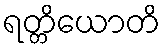
ရတ္တိယောတိ